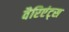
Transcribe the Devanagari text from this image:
वैरिएंट्स